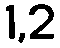
1,2